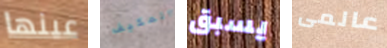
عينها المكيف يسبق عالمى